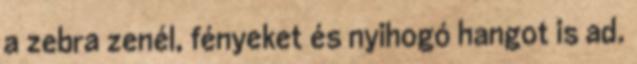
a zebra zenél, fényeket és nyihogó hangot is ad.